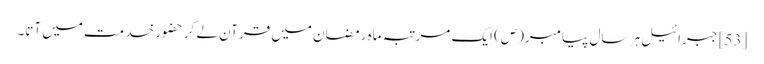
[53] جبرائیل ہر سال پیامبر(ص) ایک مرتبہ ماہ رمضان میں قرآن لے کر حضور خدمت میں آتا۔